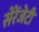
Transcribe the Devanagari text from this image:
सेरेंजेटी